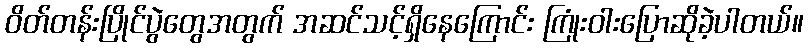
ဝိတ်တန်းပြိုင်ပွဲတွေအတွက် အဆင်သင့်ရှိနေကြောင်း ကြုံးဝါးပြောဆိုခဲ့ပါတယ်။